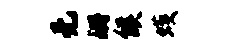
无珊候蠖